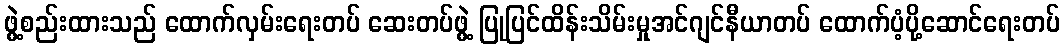
ဖွဲ့စည်းထားသည် ထောက်လှမ်းရေးတပ် ဆေးတပ်ဖွဲ့ ပြုပြင်ထိန်းသိမ်းမှုအင်ဂျင်နီယာတပ် ထောက်ပံ့ပို့ဆောင်ရေးတပ်